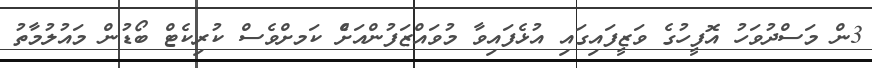
3ން މަސްދުވަހު އޮފީހުގެ ވަޒީފައިގައި އުޅެފައިވާ މުވައްޒަފުންއަށެް ކަަމށްވެސް ކުރިކެޓް ބޯޑުން މައުލުމާތު